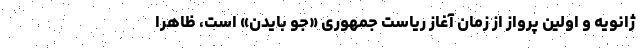
ژانویه و اولین پرواز از زمان آغاز ریاست جمهوری «جو بایدن» است، ظاهراً